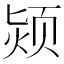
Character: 颎